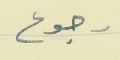
رجوع